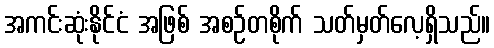
အကင်းဆုံးနိုင်ငံ အဖြစ် အစဉ်တစိုက် သတ်မှတ်လေ့ရှိသည်။